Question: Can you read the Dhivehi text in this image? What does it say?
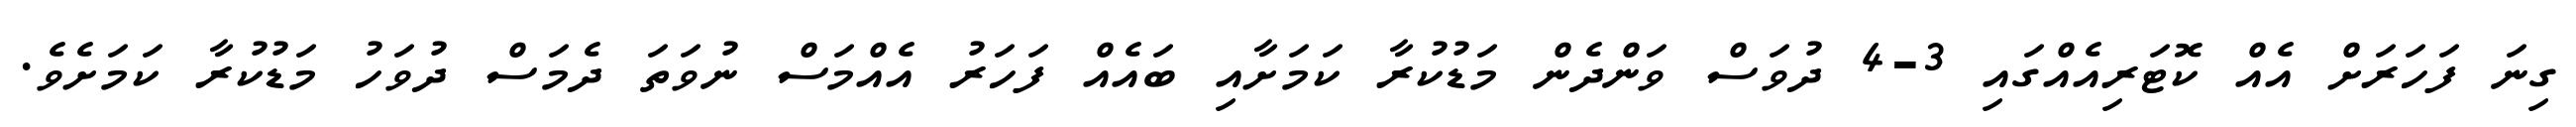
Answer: ގިނަ ފަހަރަށް އެއް ކޮޓަރިއެއްގައި 3-4 ދުވަސް ވަންދެން މަޑުކުރާ ކަމަށާއި ބައެއް ފަހަރު އެއްމަސް ނުވަތަ ދެމަސް ދުވަހު މަޑުކުރާ ކަމަށެވެ.